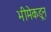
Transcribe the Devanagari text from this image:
भीमेकडून